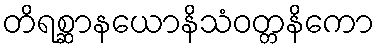
တိရစ္ဆာနယောနိသံဝတ္တနိကော